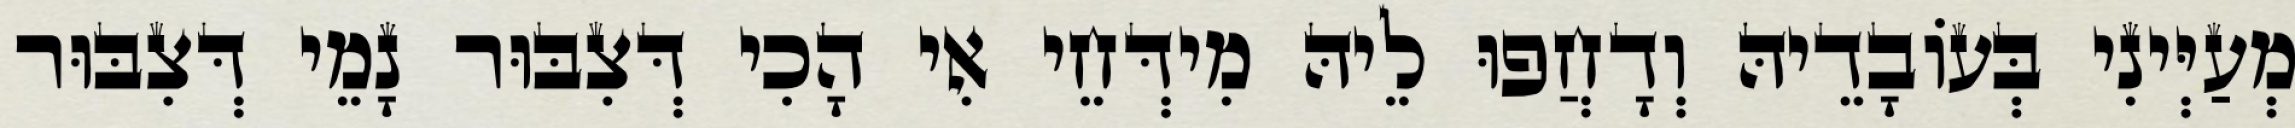
מְעַיְּינִי בְּעוֹבָדֵיהּ וְדָחֲפוּ לֵיהּ מִידְּחֵי אִי הָכִי דְּצִבּוּר נָמֵי דְּצִבּוּר